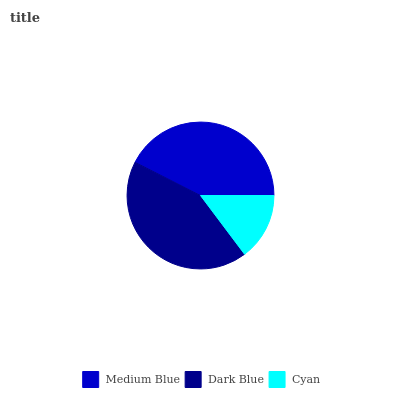
| Medium Blue | Dark Blue | Cyan |
 | --- | --- | --- |
 | 42.5% | 42.7% | 14.8% |